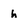
Character: h